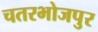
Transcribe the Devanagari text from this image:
चतरभोजपुर